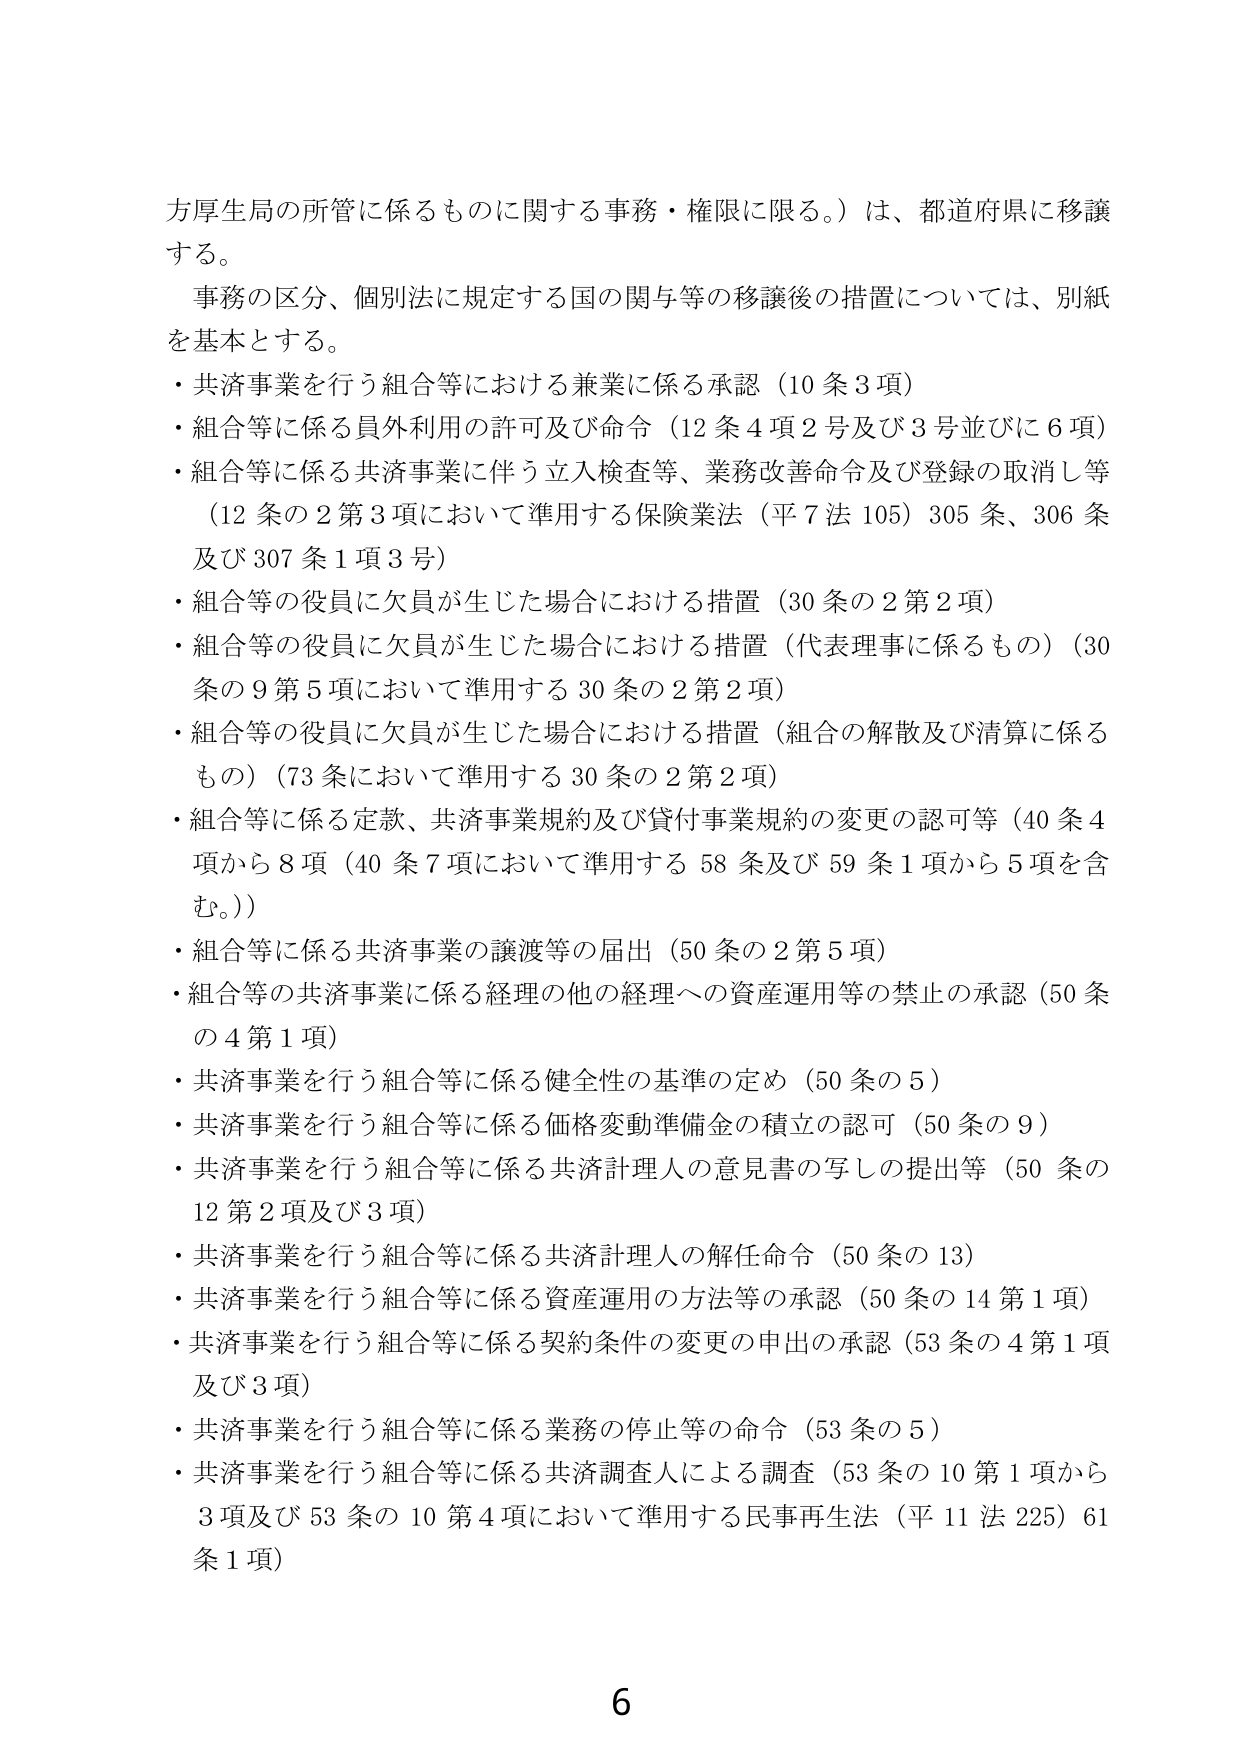
方厚生局の所管に係るものに関する事務・権限に限る。）は、都道府県に移譲する。

事務の区分、個別法に規定する国の関与等の移譲後の措置については、別紙を基本とする。

・共済事業を行う組合等における兼業に係る承認（10条3項）

・組合等に係る員外利用の許可及び命令（12条4項2号及び3号並びに6項）

・組合等に係る共済事業に伴う立入検査等、業務改善命令及び登録の取消し等（12条の2第3項において準用する保険業法（平7法105）305条、306条及び307条1項3号）

・組合等の役員に欠員が生じた場合における措置（30条の2第2項）

・組合等の役員に欠員が生じた場合における措置（代表理事に係るもの）（30条の9第5項において準用する30条の2第2項）

・組合等の役員に欠員が生じた場合における措置（組合の解散及び清算に係るもの）（73条において準用する30条の2第2項）

・組合等に係る定款、共済事業規約及び貸付事業規約の変更の認可等（40条4項から8項（40条7項において準用する58条及び59条1項から5項を含む。））

・組合等に係る共済事業の譲渡等の届出（50条の2第5項）

・組合等の共済事業に係る経理の他の経理への資産運用等の禁止の承認（50条の4第1項）

・共済事業を行う組合等に係る健全性の基準の定め（50条の5）

・共済事業を行う組合等に係る価格変動準備金の積立の認可（50条の9）

・共済事業を行う組合等に係る共済計理人の意見書の写しの提出等（50条の12第2項及び3項）

・共済事業を行う組合等に係る共済計理人の解任命令（50条の13）

・共済事業を行う組合等に係る資産運用の方法等の承認（50条の14第1項）

・共済事業を行う組合等に係る契約条件の変更の申出の承認（53条の4第1項及び3項）

・共済事業を行う組合等に係る業務の停止等の命令（53条の5）

・共済事業を行う組合等に係る共済調査人による調査（53条の10第1項から3項及び53条の10第4項において準用する民事再生法（平11法225）61条1項）

6